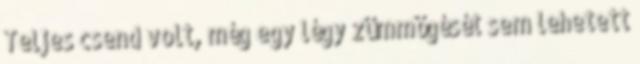
Teljes csend volt, még egy légy zümmögését sem lehetett